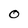
Character: 0